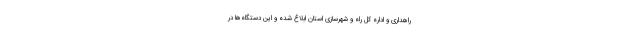
راهداری و اداره کل راه و شهرسازی استان ابلاغ شده و این دستگاه‌ها در